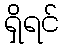
ရှိရင်